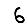
Digit: 6